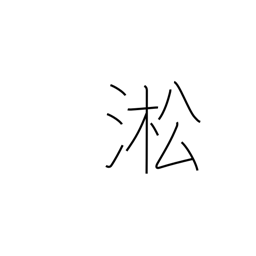
Meaning: name of a Chinese river